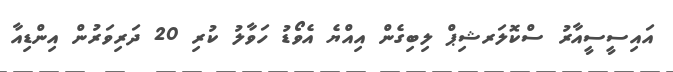
އައިސީސީއާރު ސްކޮލަރޝިޕް ލިބިގެން އިއްޔެ އެވޯޑު ހަވާލު ކުރި 20 ދަރިވަރުން އިންޑިއާ